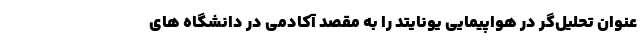
عنوان تحلیل‌گر در هواپیمایی یونایتد را به مقصد آکادمی در دانشگاه های